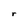
Character: r